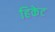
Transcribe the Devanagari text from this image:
हिकेट